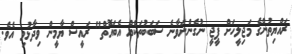
ރައްޔިތުންގެ މަޖިލީހަށް ޕީޖީ ނުގެންނަވާނެ ސަބަބުތަކެއް އެބައޮތް" ރައީސް ޔާމީން ވިދާޅުވި އެވެ.